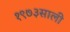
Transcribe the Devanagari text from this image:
१९७३साली